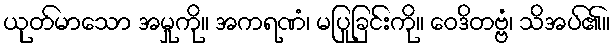
ယုတ်မာသော အမှုကို။ အကရဏံ၊ မပြုခြင်းကို။ ဝေဒိတဗ္ဗံ၊ သိအပ်၏။